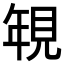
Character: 𮗐